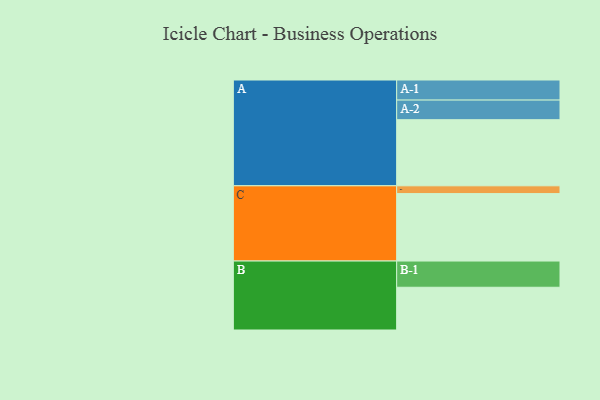
{"axis": {"x": "Segment", "y": "Value"}, "legend": ["", "A", "B", "C"], "data": [{"x": "A", "y": 560, "type": ""}, {"x": "B", "y": 362, "type": ""}, {"x": "C", "y": 571, "type": ""}, {"x": "A-1", "y": 170, "type": "A"}, {"x": "A-2", "y": 166, "type": "A"}, {"x": "B-1", "y": 222, "type": "B"}, {"x": "C-1", "y": 66, "type": "C"}]}